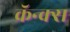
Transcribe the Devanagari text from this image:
क्रॅन्क्स